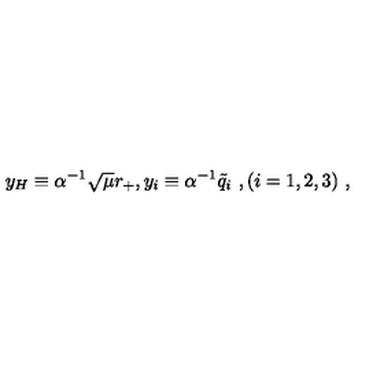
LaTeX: y _ { H } \equiv \alpha ^ { - 1 } \sqrt { \mu } r _ { + } , y _ { i } \equiv \alpha ^ { - 1 } { { \tilde { q } } _ { i } } \ , ( i = 1 , 2 , 3 ) \ ,